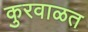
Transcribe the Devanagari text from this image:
कुरवाळत